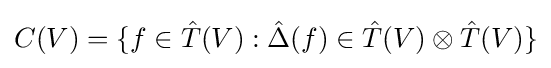
C(V)=\{f\in {\hat {T}}(V):{\hat {\Delta }}(f)\in {\hat {T}}(V)\otimes {\hat {T}}(V)\}